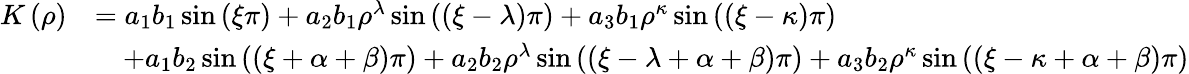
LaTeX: \begin{array}{rl}{K\left(\rho\right)}&{=a_{1}b_{1}\sin\left(\xi\pi\right)+a_{2}b_{1}\rho^{\lambda}\sin\left(\left(\xi-\lambda\right)\pi\right)+a_{3}b_{1}\rho^{\kappa}\sin\left(\left(\xi-\kappa\right)\pi\right)}\\ &{\quad+a_{1}b_{2}\sin\left(\left(\xi+\alpha+\beta\right)\pi\right)+a_{2}b_{2}\rho^{\lambda}\sin\left(\left(\xi-\lambda+\alpha+\beta\right)\pi\right)+a_{3}b_{2}\rho^{\kappa}\sin\left(\left(\xi-\kappa+\alpha+\beta\right)\pi\right)}\end{array}